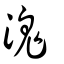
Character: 溾